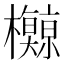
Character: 𪴡